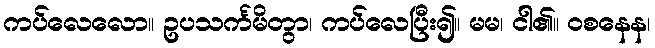
ကပ်လေလော။ ဥပသင်္ကမိတွာ၊ ကပ်လေပြီး၍။ မမ၊ ငါ၏။ ဝစနေန၊